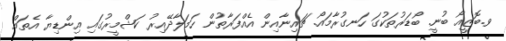
ވ.ބޮޒީއޯ ބުނީ. ބޯޑަރުތަކުގަ ހަނގުރާމައޯ. ޗައިނާއިން އެއްފަރާތުން ހަމަލާދޭއިރު ކަޝްމީރުގައި އިންޑިޔާ އެތައް